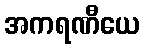
အကရဏီယေ